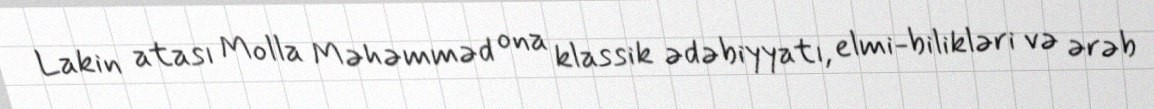
Lakin atası Molla Məhəmməd ona klassik ədəbiyyatı, elmi-bilikləri və ərəb